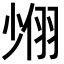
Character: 𦐶